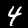
Digit: 4